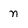
Character: n